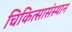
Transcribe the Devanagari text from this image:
चिकित्सासंस्थान